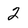
Character: 2